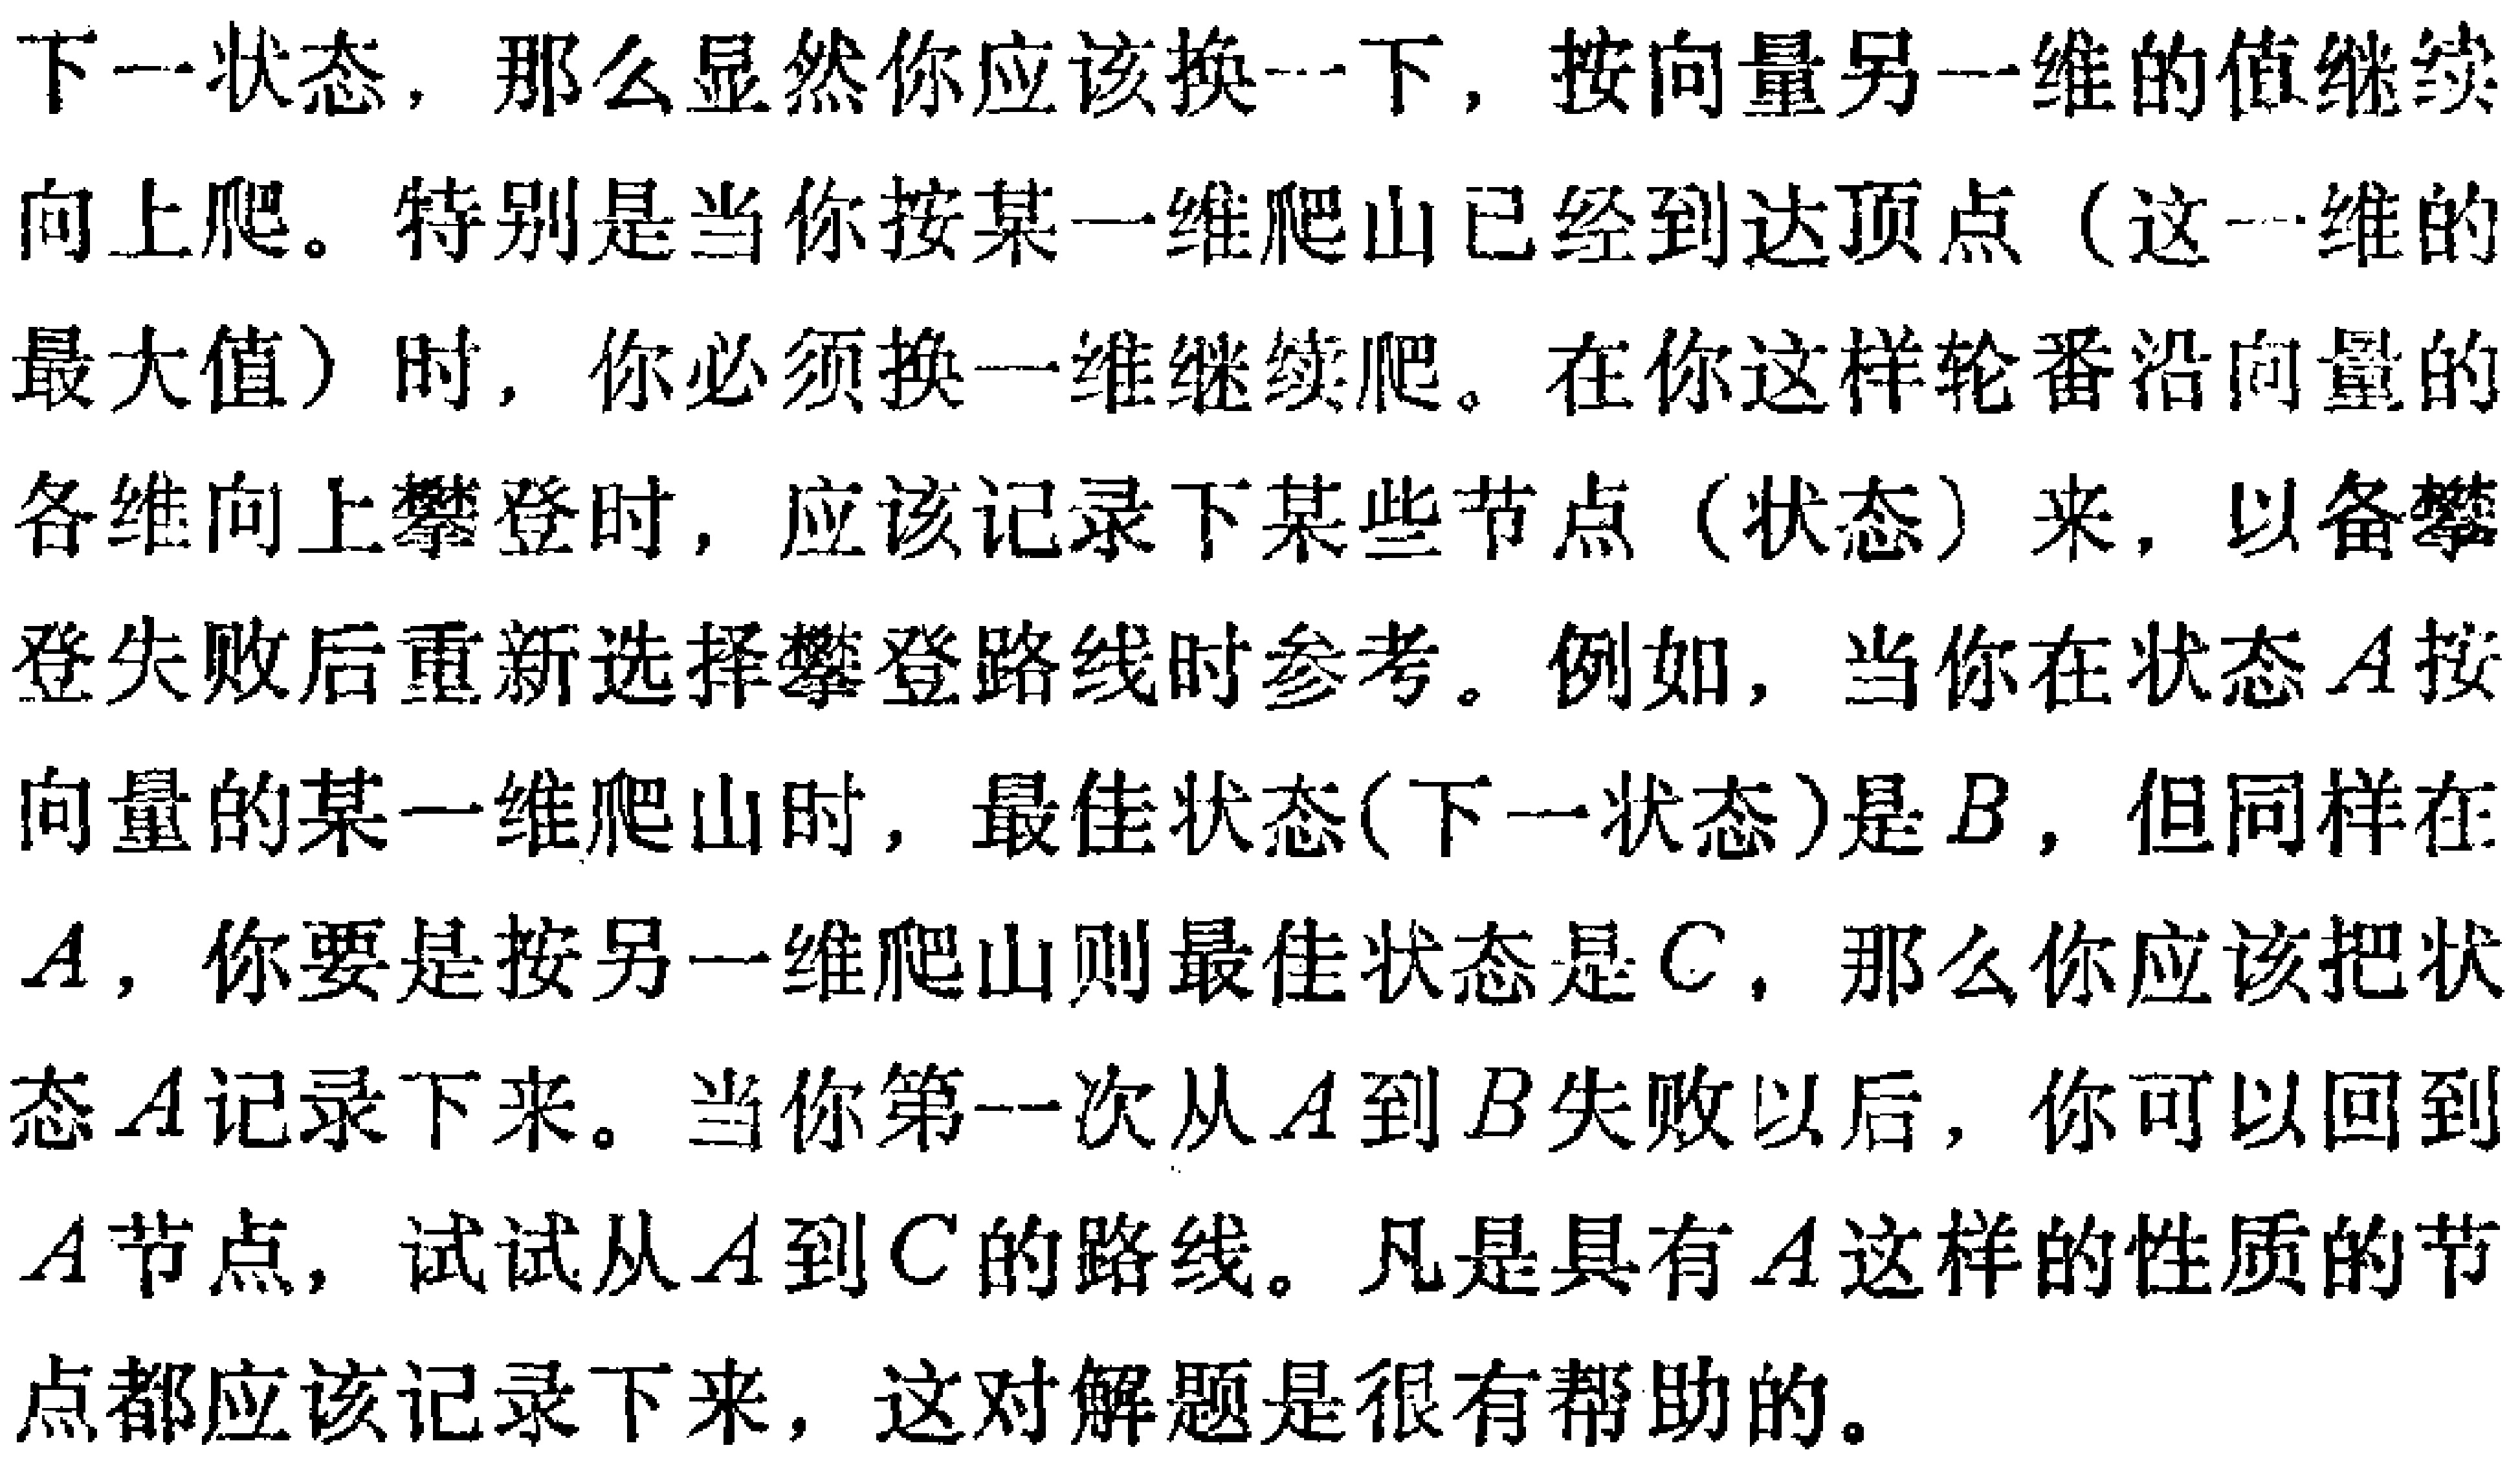
下一状态，那么显然你应该换一下，按向量另一维的值继续向上爬。特别是当你按某一维爬山已经到达顶点（这一维的最大值）时，你必须换一维继续爬。在你这样轮番沿向量的各维向上攀登时，应该记录下某些节点（状态）来，以备攀登失败后重新选择攀登路线时参考。例如，当你在状态\(A\)按向量的某一维爬山时，最佳状态(下一状态)是\(B\)，但同样在\(A\)，你要是按另一维爬山则最佳状态是\(C\)，那么你应该把状态\(A\)记录下来。当你第一次从\(A\)到\(B\)失败以后，你可以回到\(A\)节点，试试从\(A\)到\(C\)的路线。凡是具有\(A\)这样的性质的节点都应该记录下来，这对解题是很有帮助的。